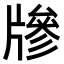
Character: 𤗲